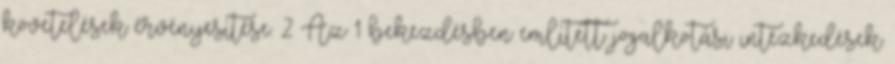
követelések érvényesítése. 2 Az 1 bekezdésben említett jogalkotási intézkedések